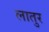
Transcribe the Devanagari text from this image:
लातुर